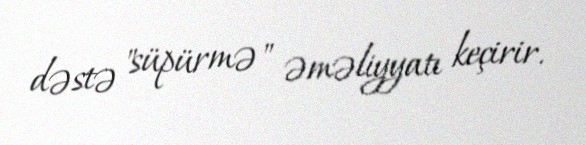
dəstə "süpürmə" əməliyyatı keçirir.